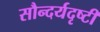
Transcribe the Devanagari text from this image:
सौन्दर्यदृष्टी